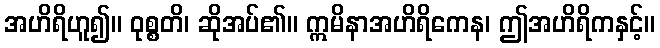
အဟိရိဟူ၍။ ဝုစ္စတိ၊ ဆိုအပ်၏။ ဣမိနာအဟိရိကေန၊ ဤအဟိရိကနှင့်။